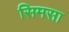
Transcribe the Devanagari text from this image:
सिमसा